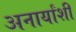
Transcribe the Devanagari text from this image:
अनार्यांशी